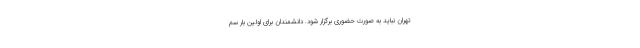
تهران نباید به صورت حضوری برگزار شود. دانشمندان برای اولین بار سم